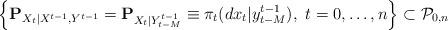
LaTeX: \begin{align*}\Big\{{\bf P}_{X_t|X^{t-1}, Y^{t-1}}= {\bf P}_{X_t|Y_{t-M}^{t-1}}\equiv\pi_t(dx_t|y_{t-M}^{t-1}),~ t=0,\ldots, n\Big\} \subset{\cal P}_{0,n}\end{align*}